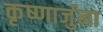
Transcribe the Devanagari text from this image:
कृष्णार्जुना